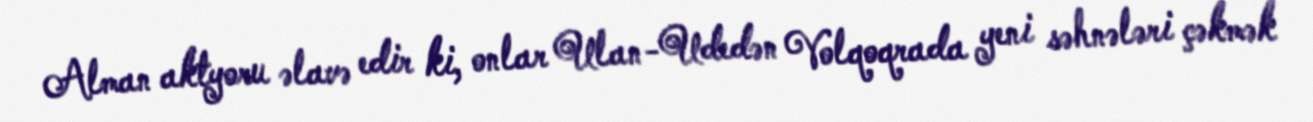
Alman aktyoru əlavə edir ki, onlar Ulan-Udedən Volqoqrada yeni səhnələri çəkmək